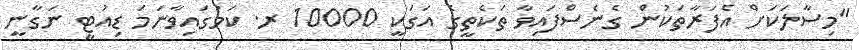
"މިސާލަކަށް އެފަރާތަކުން ގެނެސްފައިވާ ތަކެތީގެ އަގަކީ 10000 ރ. ކަމުގައިވާނަމަ ޑިއުޓީ ނަގާނީ